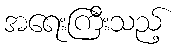
အရေးကြီးသည့်